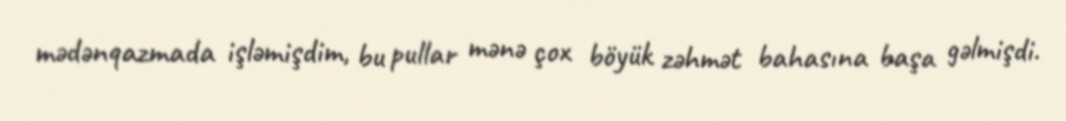
mədənqazmada işləmişdim, bu pullar mənə çox böyük zəhmət bahasına başa gəlmişdi.